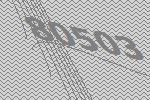
80503